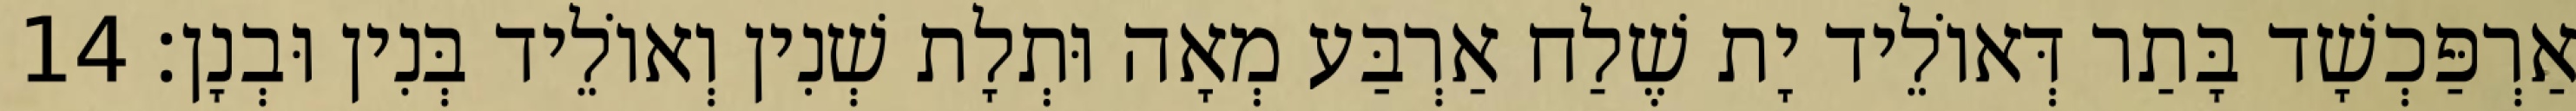
אַרְפַּכְשָׁד בָּתַר דְּאוֹלֵיד יָת שֶׁלַח אַרְבַּע מְאָה וּתְלָת שְׁנִין וְאוֹלֵיד בְּנִין וּבְנָן׃ 14